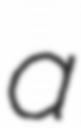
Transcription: a